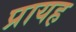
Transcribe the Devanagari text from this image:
प्रायह